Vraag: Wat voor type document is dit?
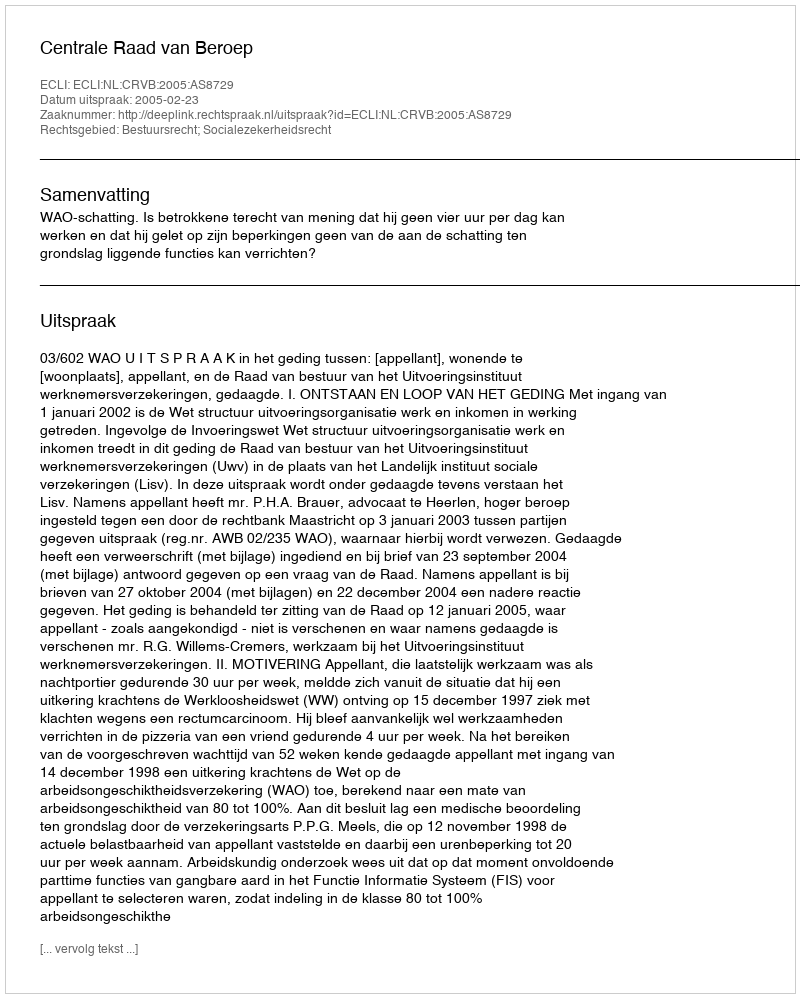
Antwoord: Uitspraak